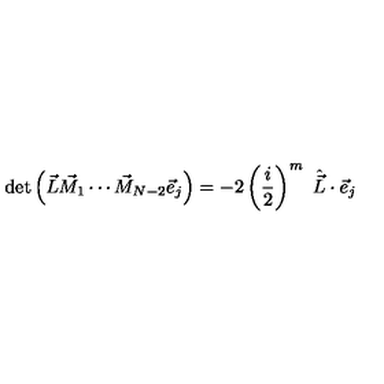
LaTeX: \det \left( \vec { L } \vec { M } _ { 1 } \cdots \vec { M } _ { N - 2 } \vec { e } _ { j } \right) = - 2 \left( \frac i 2 \right) ^ { m } \ \hat { \vec { L } } \cdot \vec { e } _ { j }